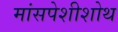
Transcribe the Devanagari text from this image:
मांसपेशीशोथ